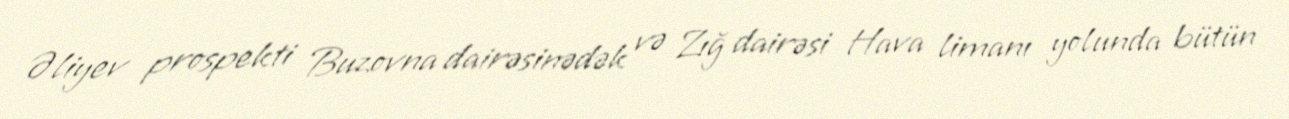
Əliyev prospekti Buzovna dairəsinədək və Zığ dairəsi Hava limanı yolunda bütün